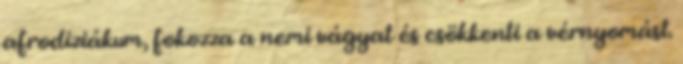
afrodiziákum, fokozza a nemi vágyat és csökkenti a vérnyomást.